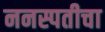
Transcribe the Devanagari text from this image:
ननस्पतीचा